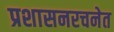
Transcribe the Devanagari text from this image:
प्रशासनरचनेत